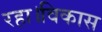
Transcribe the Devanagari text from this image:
रहा।विकास